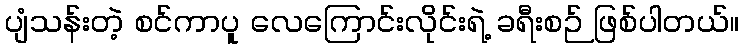
ပျံသန်းတဲ့ စင်ကာပူ လေကြောင်းလိုင်းရဲ့ ခရီးစဉ် ဖြစ်ပါတယ်။